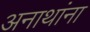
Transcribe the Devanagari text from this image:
अनाथांना